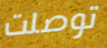
توصلت